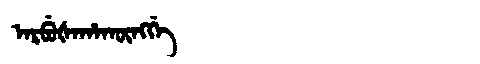
Manchu: ᠠᡵᠪᡠᡧᠠᡥᠠᡴᡡᠩᡤᡝ
Romanization: ARBUŠAHAKŪNGGE